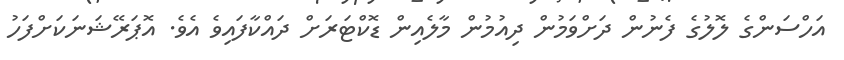
އަހްސަންގެ ލޮލުގެ ފެނުން ދަށްވަމުން ދިއުމުން މާލެއިން ޑޮކްޓަރަށް ދައްކާފައިވެ އެވެ. އޮޕަރޭޝަނަކަށްފަހު